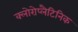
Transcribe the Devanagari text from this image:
क्लोरोप्लैटिनिक